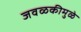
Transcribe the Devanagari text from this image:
जवळकीमुळे